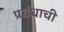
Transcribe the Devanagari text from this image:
प्रबंधाची